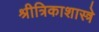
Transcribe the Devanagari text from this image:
श्रीत्रिकाशास्त्रे